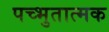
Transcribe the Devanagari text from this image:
पच्भुतात्मक